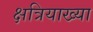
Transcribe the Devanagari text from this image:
क्षत्रियाख्या